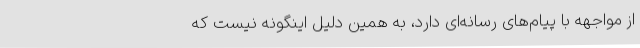
از مواجهه با پیام‌های رسانه‌ای دارد، به همین دلیل اینگونه نیست که